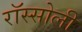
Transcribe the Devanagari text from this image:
रॉस्सोली